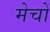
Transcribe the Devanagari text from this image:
मेचों